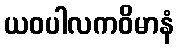
ယဝပါလကဝိမာနံ